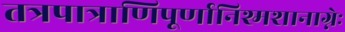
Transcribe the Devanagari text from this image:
तत्रपात्राणिपूर्णानिश्मशानाग्नेः